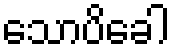
သောပိခေါ